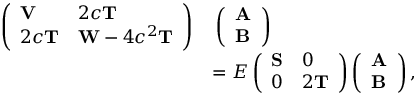
\begin{array} { r l } { \left( \begin{array} { l l } { \mathbf { V } } & { 2 c \mathbf { T } } \\ { 2 c \mathbf { T } } & { \mathbf { W } - 4 c ^ { 2 } \mathbf { T } } \end{array} \right) } & { \, \left( \begin{array} { l } { \mathbf { A } } \\ { \mathbf { B } } \end{array} \right) } \\ & { = E \left( \begin{array} { l l } { \mathbf { S } } & { 0 } \\ { 0 } & { 2 \mathbf { T } } \end{array} \right) \left( \begin{array} { l } { \mathbf { A } } \\ { \mathbf { B } } \end{array} \right) , } \end{array}